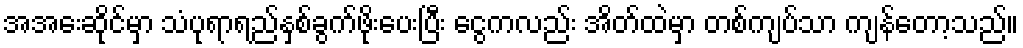
အအေးဆိုင်မှာ သံပုရာရည်နှစ်ခွက်ဖိုးပေးပြီး ငွေကလည်း အိတ်ထဲမှာ တစ်ကျပ်သာ ကျန်တော့သည်။